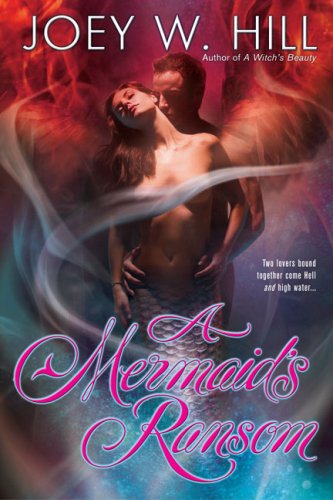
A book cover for A Mermaid's Ransom; Joey W. Hill; Romance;